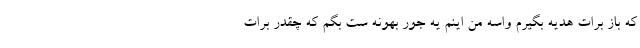
که باز برات هدیه بگیرم واسه من اینم یه جور بهونه ست بگم که چقدر برات